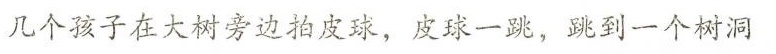
几个孩子在大树旁边拍皮球，皮球一跳，跳到一个树洞